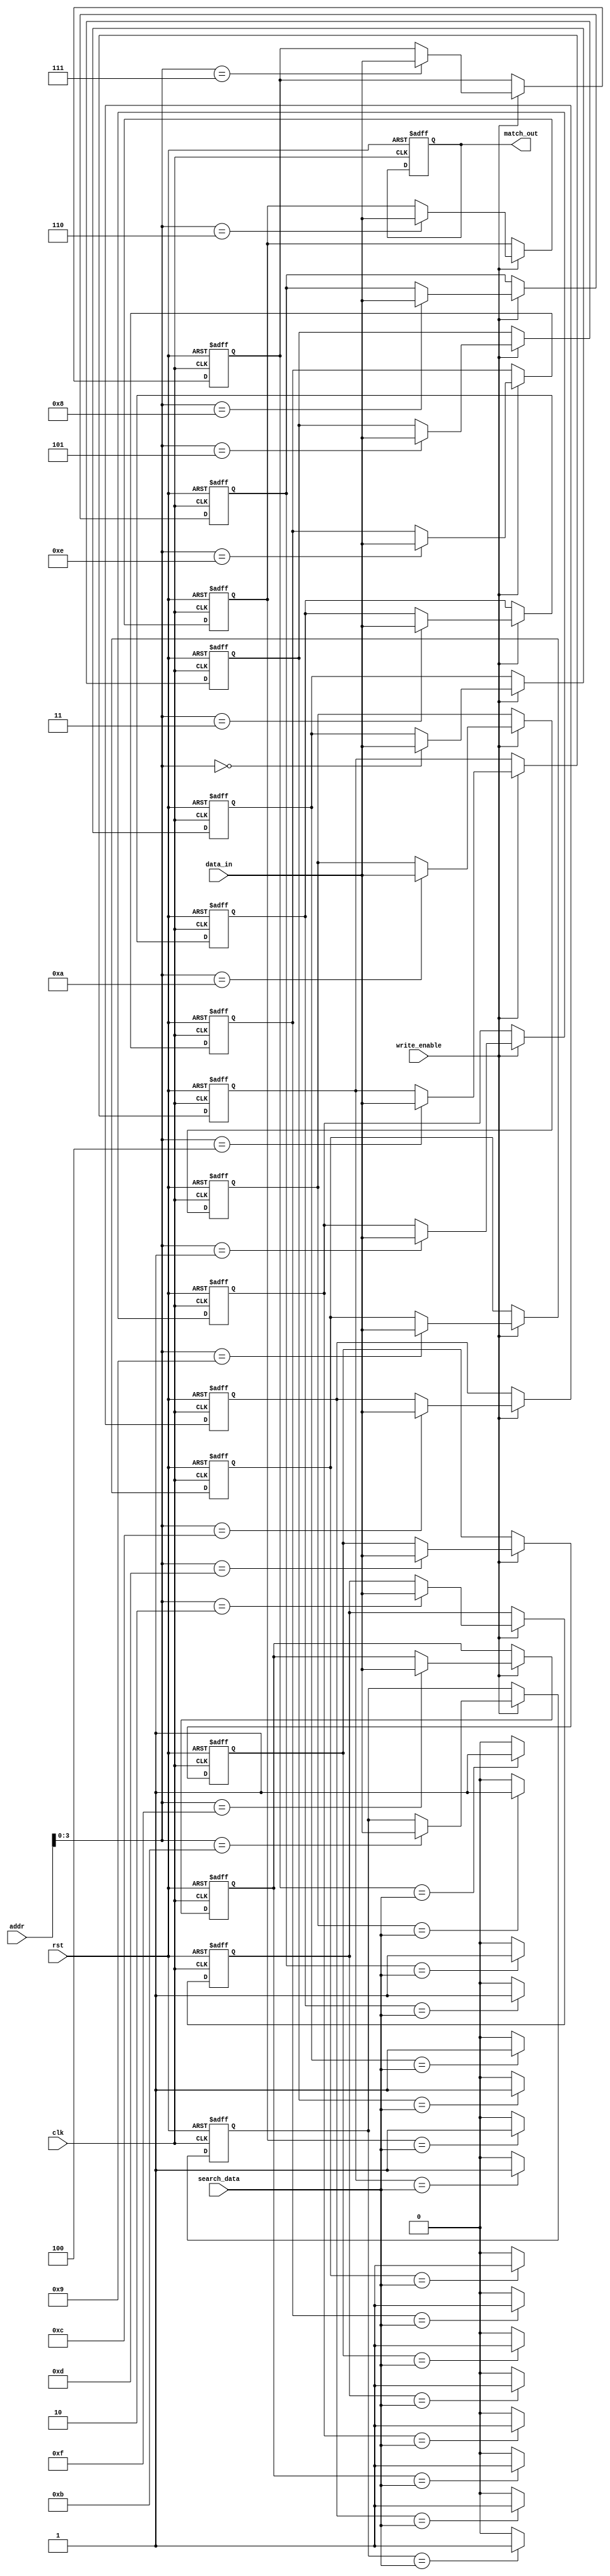
module SRAM_CAM #(
    parameter WORD_SIZE = 8,     // Width of each entry in bits
    parameter DEPTH = 16          // Number of entries in the CAM
)(
    input wire clk,               // Clock signal
    input wire rst,               // Reset signal
    input wire [WORD_SIZE-1:0] data_in,  // Data input for write operations
    input wire [DEPTH-1:0] addr,  // Address input for write operations
    input wire write_enable,       // Write enable signal
    input wire [WORD_SIZE-1:0] search_data, // Data to search in CAM
    output reg [DEPTH-1:0] match_out // Output indicating matching entries
);

    // Memory array (SRAM cells)
    reg [WORD_SIZE-1:0] memory [0:DEPTH-1];

    integer i;

    // Write operation
    always @(posedge clk or posedge rst) begin
        if (rst) begin
            // Reset memory
            for (i = 0; i < DEPTH; i = i + 1) begin
                memory[i] <= 0;
            end
            match_out <= 0;
        end else if (write_enable) begin
            // Write data to specified address
            memory[addr] <= data_in;
        end
    end

    // Search operation
    always @(*) begin
        match_out = 0; // Initialize match output
        for (i = 0; i < DEPTH; i = i + 1) begin
            if (memory[i] == search_data) begin
                match_out[i] = 1'b1; // Mark the match
            end
        end
    end

endmodule